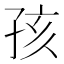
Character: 孩